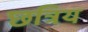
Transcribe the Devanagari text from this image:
छत्रिय